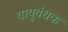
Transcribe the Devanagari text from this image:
वायुबंधक